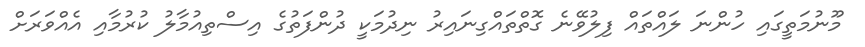
މޫނުމަތީގައި ހުންނަ ލައްތައް ފިލުވޭނެ ގޮތްތައްގިނައިރު ނިދުމަކީ ދުންފަތުގެ އިސްތިއުމާލު ކުރުމާއި އެއްވަރަށް